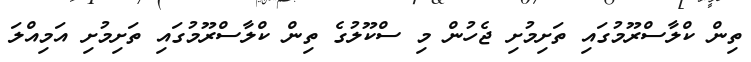
ތިން ކްލާސްރޫމުގައި ތަށިމުށި ޖެހުން މި ސްކޫލުގެ ތިން ކްލާސްރޫމުގައި ތަށިމުށި އަމިއްލަ